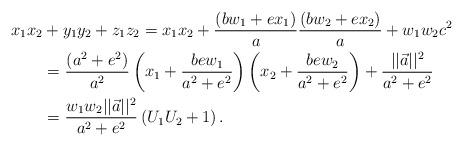
LaTeX: \begin{align*} x_1x_2 & +y_1y_2+z_1z_2 = x_1x_2 + \frac{(bw_1+ex_1)}{a}\frac{(bw_2+ex_2)}{a}+w_1w_2c^2 \\ & = \frac{(a^2+e^2)}{a^2} \left( x_1+\frac{be w_1}{a^2+e^2}\right) \left( x_2+\frac{be w_2}{a^2+e^2}\right) + \frac{||\vec{a}||^2}{a^2+e^2} \\& = \frac{w_1w_2||\vec{a}||^2}{a^2+e^2} \left(U_1U_2+1\right). \end{align*}